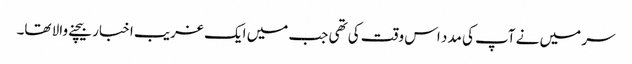
سر میں نے آپ کی مدد اس وقت کی تھی جب میں ایک غریب اخبار بیچنے والا تھا۔